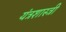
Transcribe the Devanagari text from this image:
यंत्रशास्त्री